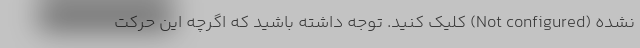
نشده (Not configured) کلیک کنید. توجه داشته باشید که اگرچه این حرکت